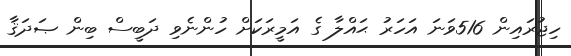
ހިޖުރައިން 516ވަނަ އަހަރު ޙައްލާ ގެ އަމީރަކަށް ހުންނެވި ދަބީސް ބިން ޞަދަޤާ